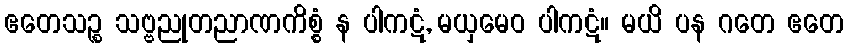
ဧတေသဉ္စ သဗ္ဗညုတညာဏကိစ္စံ န ပါကဋံ, မယှမေဝ ပါကဋံ။ မယိ ပန ဂတေ ဧတေ